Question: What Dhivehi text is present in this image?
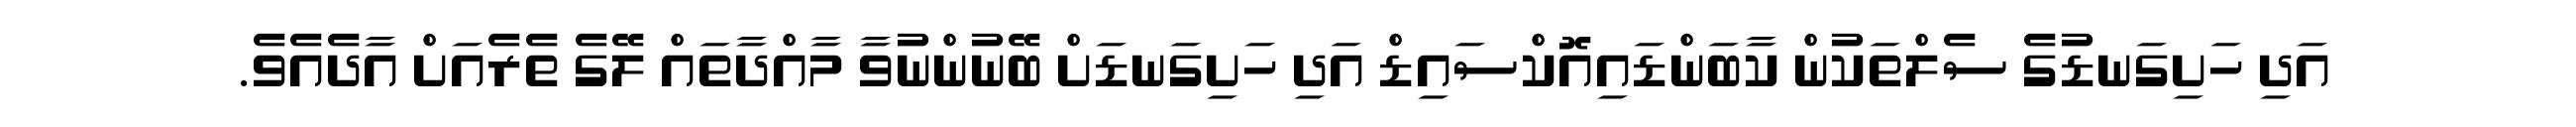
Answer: އަދި ހަށިގަނޑުގެ ސެލްތަކުން ކާބަންޑައިއޮކްސައިޑް އަދި ހަށިގަނޑަށް ބޭނުންނުވާ މާއްދާތައް ލޭގެ ތެރެއަށް އާދެއެވެ.